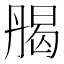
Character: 𠂄